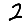
Digit: 2